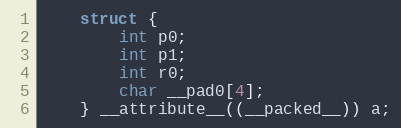
Language: C
	struct {
		int p0;
		int p1;
		int r0;
		char __pad0[4];
	} __attribute__((__packed__)) a;